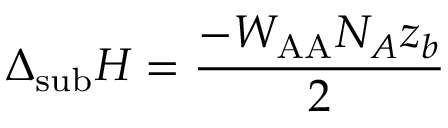
\Delta _ { \mathrm { s u b } } H = { \frac { - W _ { \mathrm { A A } } N _ { A } z _ { b } } { 2 } }